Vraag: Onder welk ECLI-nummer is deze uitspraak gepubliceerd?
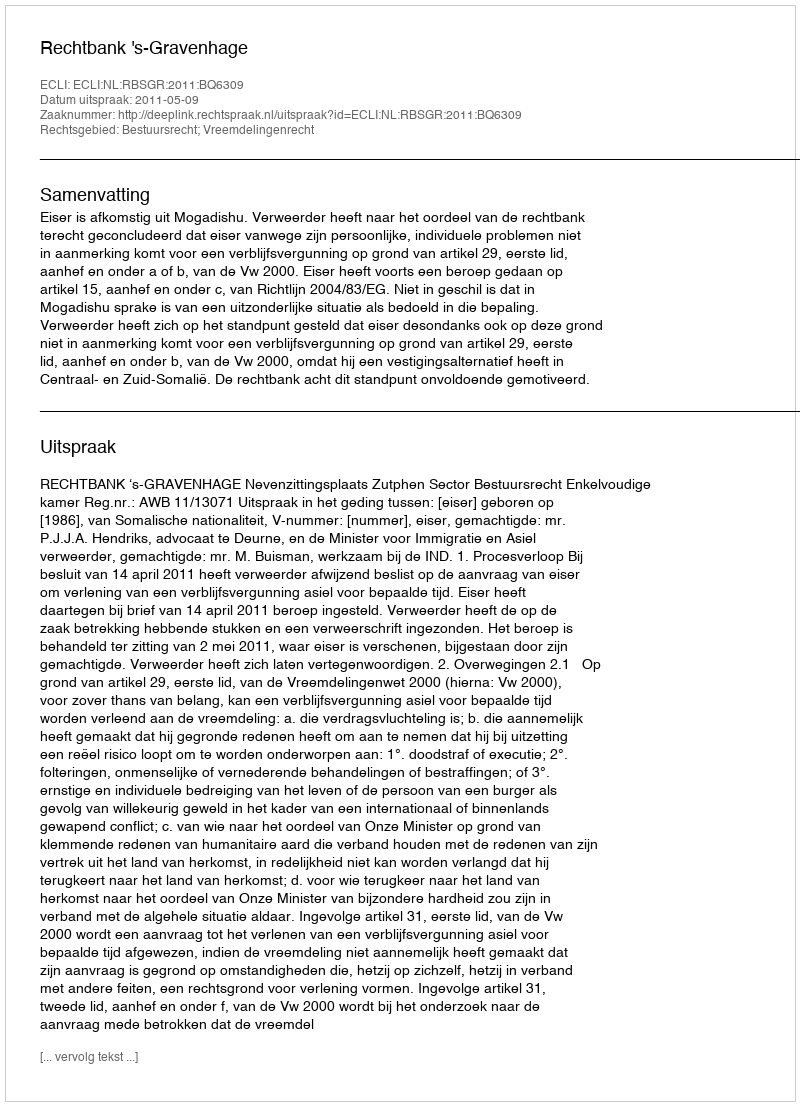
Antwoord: ECLI:NL:RBSGR:2011:BQ6309